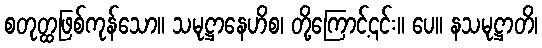
စတုတ္ထဖြစ်ကုန်သော။ သမုဋ္ဌာနေဟိစ၊ တို့ကြောင့်၎င်း။ ပေ။ နသမုဋ္ဌာတိ၊